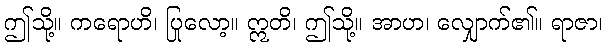
ဤသို့။ ကရောဟိ၊ ပြုလော့။ ဣတိ၊ ဤသို့။ အာဟ၊ လျှောက်၏။ ရာဇာ၊